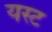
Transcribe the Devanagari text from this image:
यस्ट